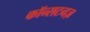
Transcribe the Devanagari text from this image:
कॉन्सटनज़